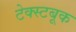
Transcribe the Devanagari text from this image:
टेक्स्टबूक